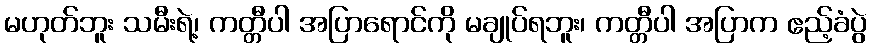
မဟုတ်ဘူး သမီးရဲ့၊ ကတ္တီပါ အပြာရောင်ကို မချုပ်ရဘူး၊ ကတ္တီပါ အပြာက ဧည့်ခံပွဲ